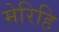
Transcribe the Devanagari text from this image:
मेरिहि